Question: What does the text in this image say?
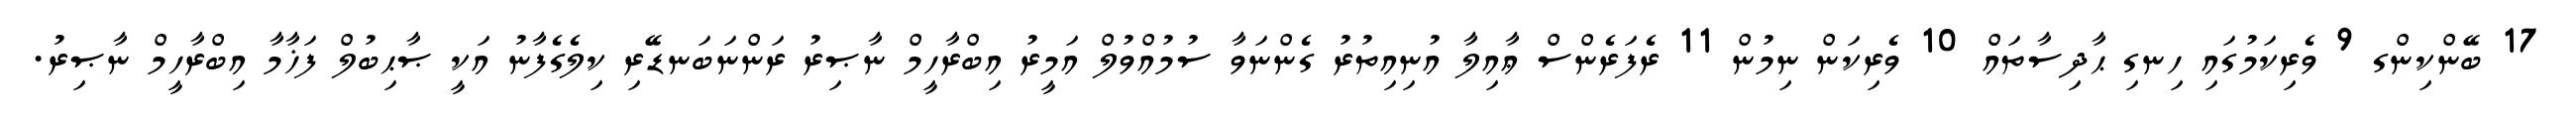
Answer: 17 ބޭންކިންގ 9 ވެރިކަމުގައި ހިނގި ޙާދިސާތައް 10 ވެރިކަން ނިމުން 11 ރެފަރެންސް ޢާއިލާ އުނިއިތުރު ގެންނަވާ ސުމުއްވުލް އަމީރު އިބްރާހީމް ނާޞިރު ރަންނަބަނޑޭރި ކިލެގެފާނު އަކީ ޞާޙިބުލް ފަޚާމާ އިބްރާހީމް ނާޞިރު.